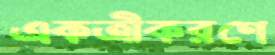
একত্রীকরণে